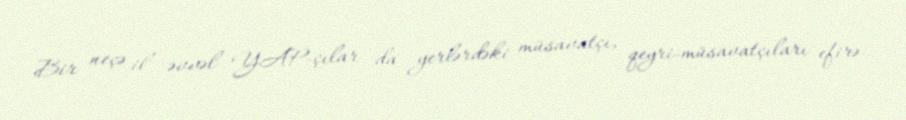
Bir neçə il əvvəl YAP-çılar da yerlərdəki müsavatçı, qeyri-müsavatçıları efirə